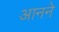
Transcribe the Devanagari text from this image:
आनने